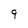
Character: 9